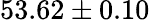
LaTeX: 53.62\pm 0.10